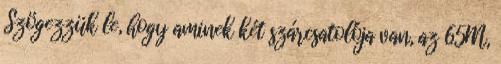
Szögezzük le, hogy aminek két szárcsatolója van, az 65M,